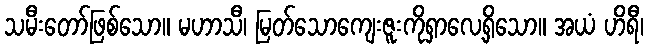
သမီးတော်ဖြစ်သော။ မဟာသီ၊ မြတ်သောကျေးဇူးကိုရှာလေ့ရှိသော။ အယံ ဟိရီ၊